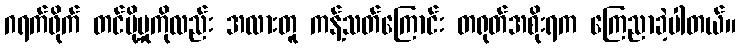
ဂရက်ဖိုက် တင်ပို့မှုကိုလည်း အလားတူ ကန့်သတ်ကြောင်း တရုတ်အစိုးရက ကြေညာခဲ့ပါတယ်။